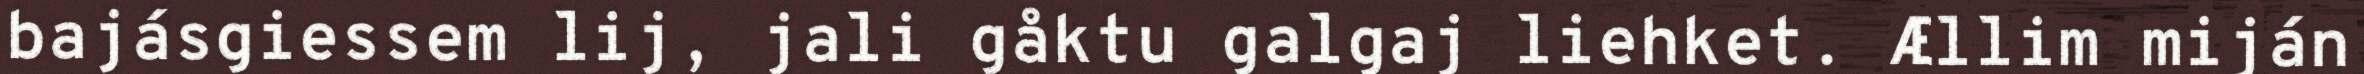
bajásgiessem lij, jali gåktu galgaj liehket. Ællim miján